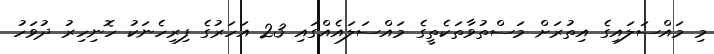
މި މައްސަލައިގެ އިތުރަށް މަސްތުވާތަކެތީގެ މައްސަލައެއްގައި 23 އަހަރުގެ ފިރިހެނަކު ހޮނިހިރު ދުވަހު